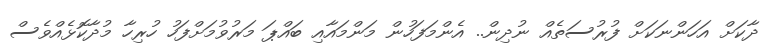
ދާކަށް އަހަންނަކަށް ފުރުސަތެއް ނުދިން.. އެންމަފަހުން މަންމައާއި ބައްޕަ މަރުވުމަށްފަހު ހުރިހާ މުދާކޮޅެއްވެސް